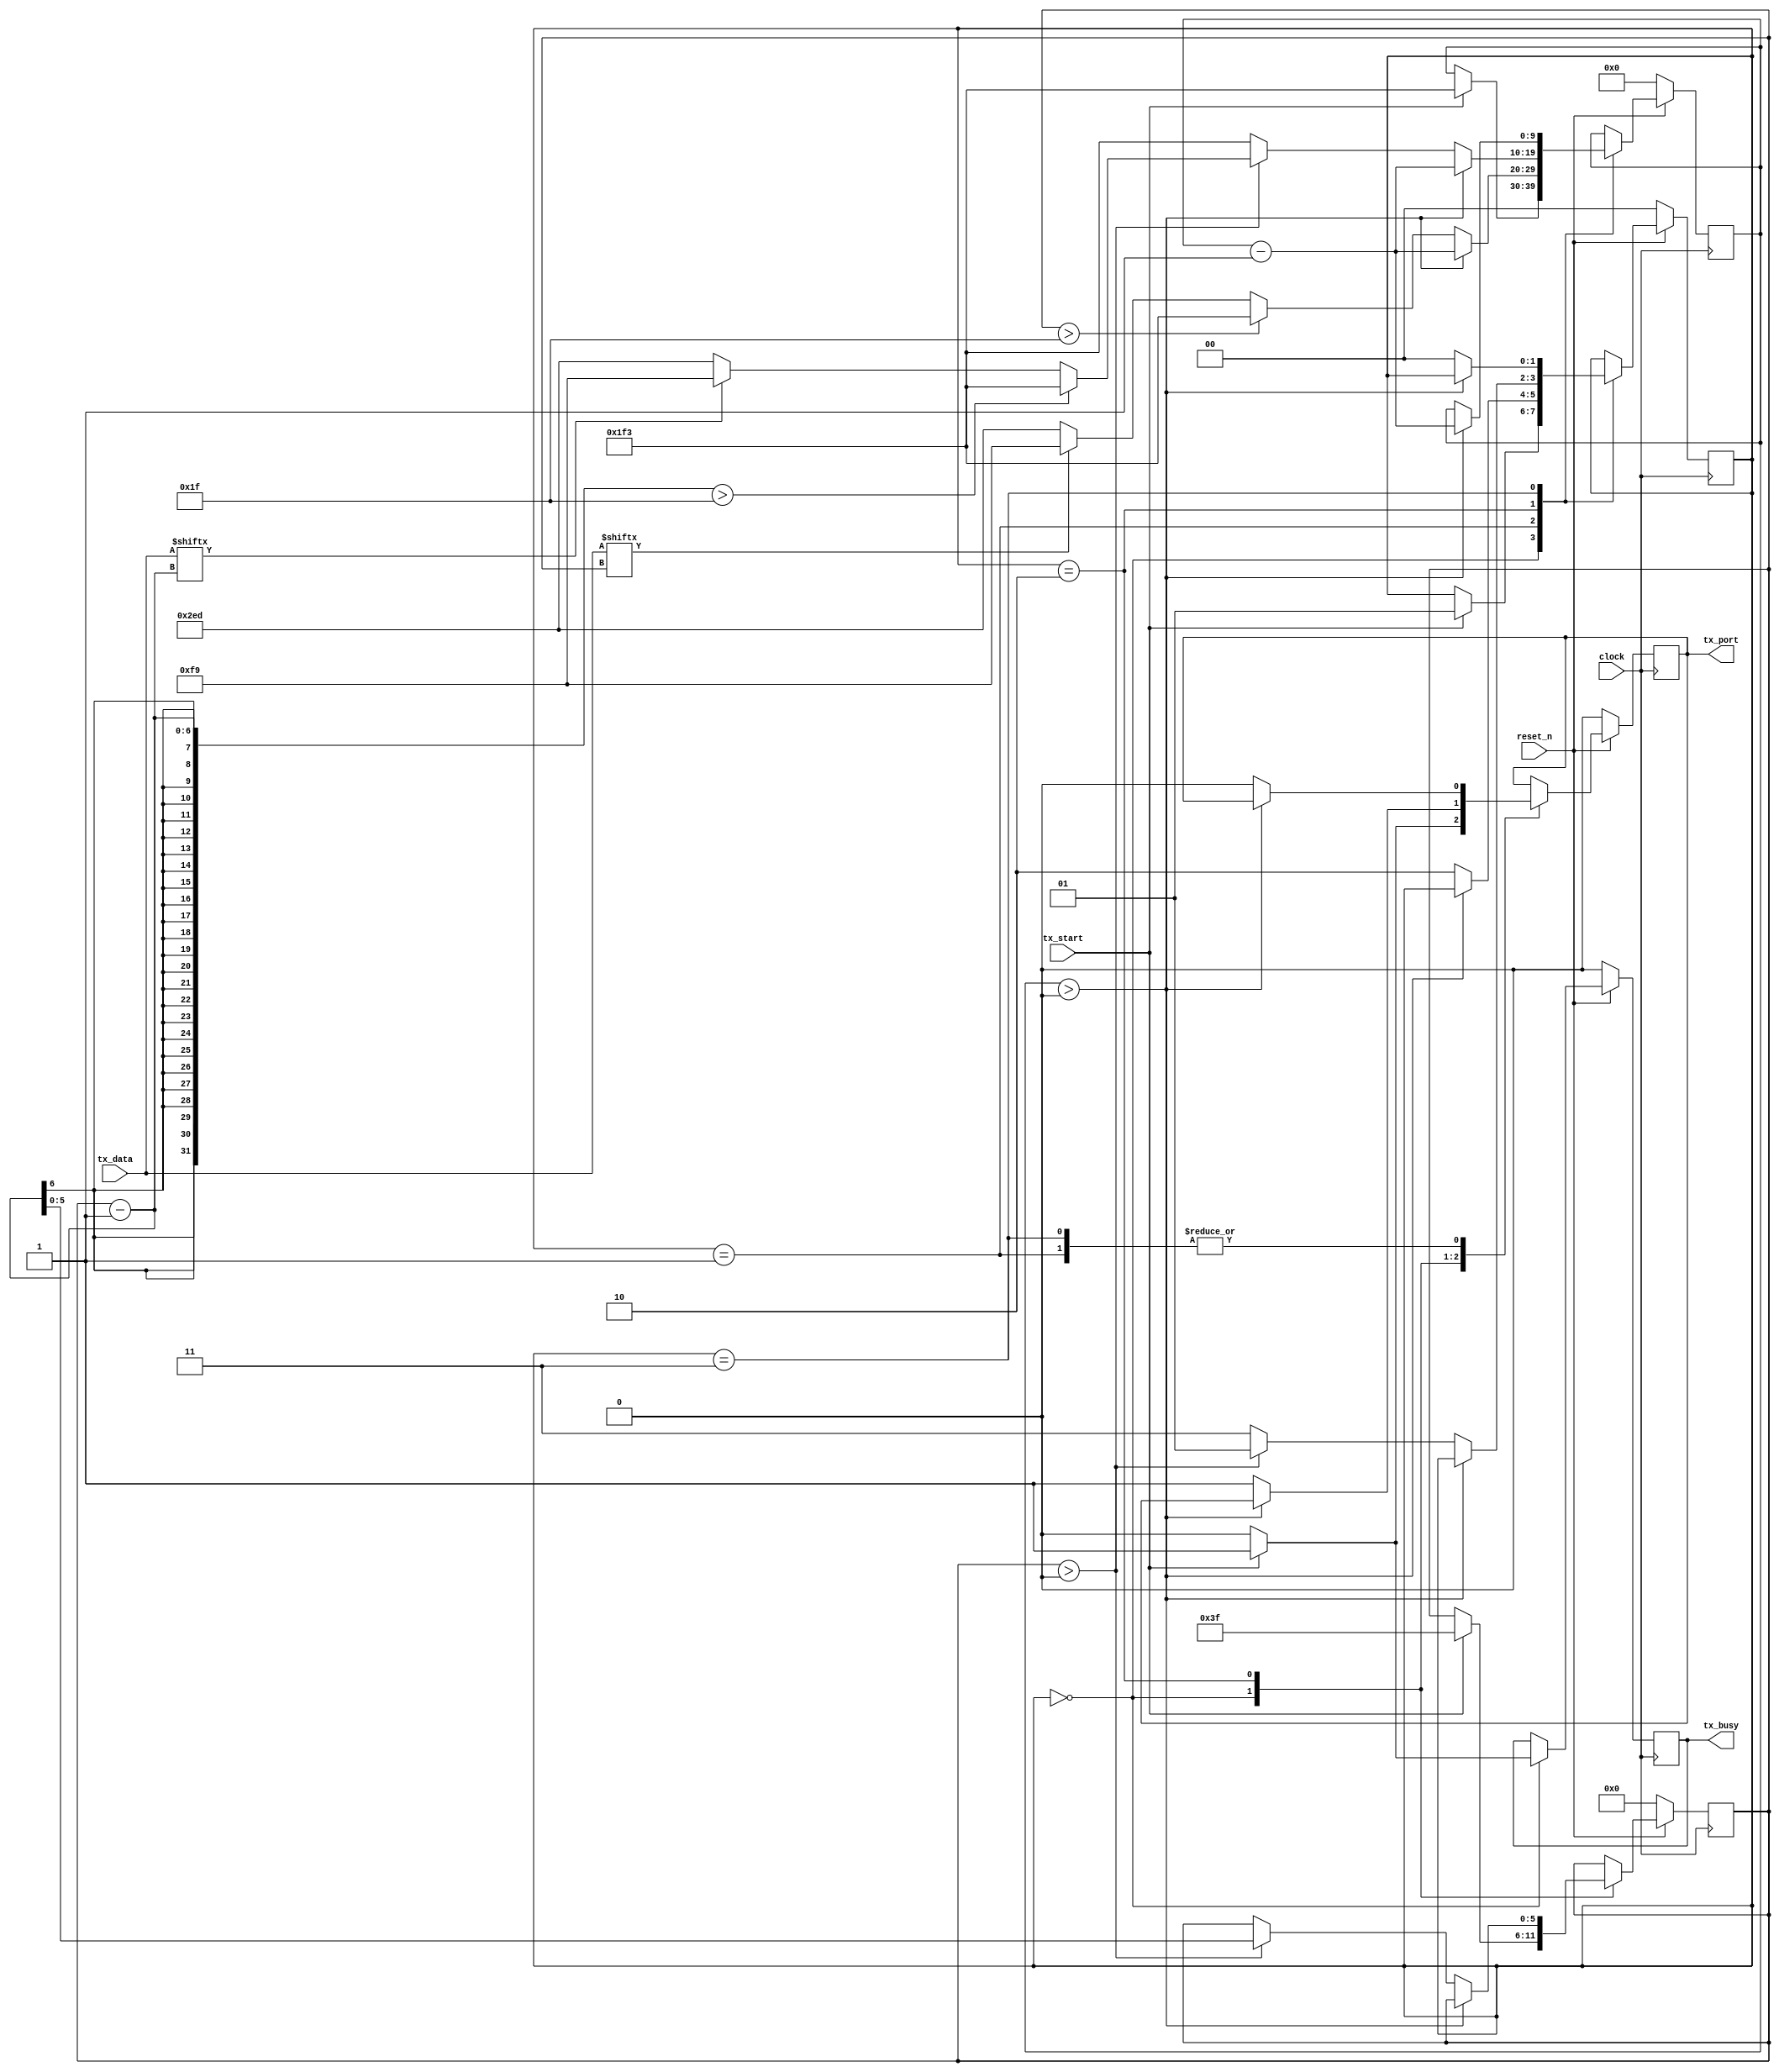
`default_nettype none

module ir_transmitter #(

    // Minimum number of clock cycles between tx_port transitions.
    // Must be greater than 0.
    // Set according to hardware bandwidth limitation.
    // Required_HW_bandwidth = clock_Frequency / BASE_DELAY / 2
    // E.g.:
    //   50 MHz / 10 / 2 = 2.5 MHz (can be used in simulation)
    //   50 MHz / 250 / 2 = 100 kHz (used on real hardware)
    parameter BASE_DELAY = 250
    //parameter BASE_DELAY = 10
)(

    input wire clock,
    input wire reset_n,
    
    input wire [31:0] tx_data,
    input wire tx_start,
    output reg tx_busy,

    output reg tx_port

);

    localparam 
        IDLE     = 2'b00,
        TX_WAIT0 = 2'b01,
        TX_WAIT1 = 2'b10,
        TX_STOP  = 2'b11;

    reg [1:0] state;
    
    reg [5:0] symbol_count;  // 6 bits to store values 0...63

    reg [$clog2(BASE_DELAY*3)-1:0] clock_count;  // enough bits to store values 0...(BASE_DELAY*3)-1

    always @ (posedge clock) begin
        if (~reset_n) begin
            state <= IDLE;
            clock_count <= 0;
            symbol_count <= 0;
            tx_port <= 0;
            tx_busy <= 0;
        end
        else begin
            case(state)
                IDLE: begin
                    if (tx_start) begin
                        symbol_count <= ~0;  // set to maximum value (63)
                        clock_count <= (BASE_DELAY * 2) - 1;
                        tx_busy <= 1;
                        tx_port <= 1;
                        state <= TX_WAIT0;
                    end 
                    else begin
                        tx_busy <= 0;
                        tx_port <= 0;
                    end
                end
                TX_WAIT0: begin
                    if (clock_count > 0) clock_count <= clock_count - 1;
                    else begin
                        if (symbol_count > 31) clock_count <= (BASE_DELAY * 2) - 1;  // set delay for current symbol
                        else if (tx_data[symbol_count]) clock_count <= (BASE_DELAY * 1) - 1;
                        else clock_count <= (BASE_DELAY * 3) - 1;
                        tx_port <= 0;
                        state <= TX_WAIT1;
                    end
                end
                TX_WAIT1: begin
                    if (clock_count > 0) clock_count <= clock_count - 1;
                    else begin
                        if (symbol_count > 0) begin
                            if ((symbol_count-1) > 31) clock_count <= (BASE_DELAY * 2) - 1;  // set delay for next symbol
                            else if (tx_data[symbol_count-1]) clock_count <= (BASE_DELAY * 1) - 1;
                            else clock_count <= (BASE_DELAY * 3) - 1;
                            symbol_count <= symbol_count - 1;
                            tx_port <= 1;
                            state <= TX_WAIT0;
                        end
                        else begin
                            clock_count <= (BASE_DELAY * 2) - 1;  // stop pulse
                            tx_port <= 1;
                            state <= TX_STOP;
                        end
                    end
                end
                TX_STOP: begin
                    if (clock_count > 0) clock_count <= clock_count - 1;
                    else begin
                        tx_port <= 0;
                        state <= IDLE;
                    end 
                end
                default: state <= IDLE;
            endcase
        end
    end
endmodule

module ir_receiver(
  input wire clock,
  input wire reset_n,
  input wire rx_enable,
  input wire rx_port,
  output reg rx_receiver,
  output reg [31:0] rx_data
);
endmodule

module ir_transceiver(
  input wire [31:0] tx_data,
  input wire tx_start,
  input wire clock,
  input wire reset_n,
  input wire rx_enable,
  input wire rx_port,
  output wire rx_receiver,
  output wire [31:0] rx_data,
  output wire tx_port,
  output wire tx_busy
);
  ir_transmitter inst1(
    .clock(clock),
    .tx_data(tx_data),
    .tx_start(tx_start),
    .reset_n(reset_n),
    .tx_port(tx_port),
    .tx_busy(tx_busy)
  );
  ir_receiver inst2(
    .clock(clock),
    .reset_n(reset_n),
    .rx_enable(rx_enable),
    .rx_port(rx_port),
    .rx_receiver(rx_receiver),
    .rx_data(rx_data)
  );
endmodule